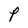
Character: P